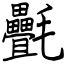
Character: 㲲